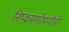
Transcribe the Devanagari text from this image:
निष्क्रमणोपयोगी